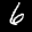
Label: 6